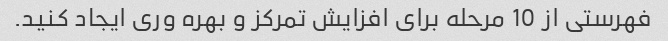
فهرستی از 10 مرحله برای افزایش تمرکز و بهره وری ایجاد کنید.